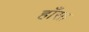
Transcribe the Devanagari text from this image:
हाँसा